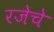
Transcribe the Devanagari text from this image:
रजेचे